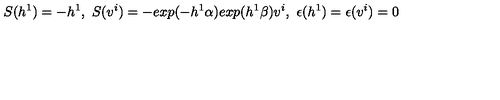
S ( h ^ { 1 } ) = - h ^ { 1 } , \ S ( v ^ { i } ) = - e x p ( - h ^ { 1 } \alpha ) e x p ( h ^ { 1 } \beta ) v ^ { i } , \ \epsilon ( h ^ { 1 } ) = \epsilon ( v ^ { i } ) = 0